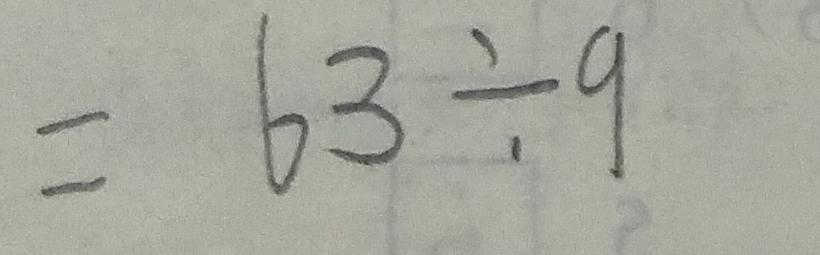
= 6 3 \div 9